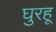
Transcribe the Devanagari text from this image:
घुरहू